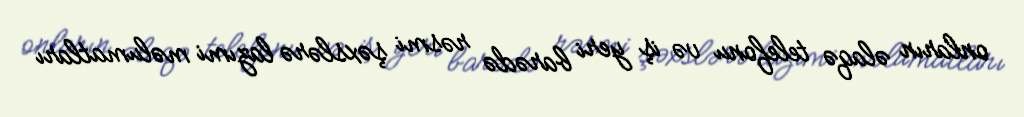
onların əlaqə telefonu və iş yeri barədə rəsmi şəxslərə lazımi məlumatları